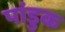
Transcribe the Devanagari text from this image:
पांडुक